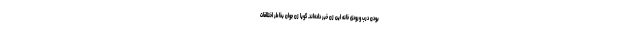
بودن درب ورودی خانه این زن خبر داده‌اند. گویا زن جوان بخاطر اختلافات